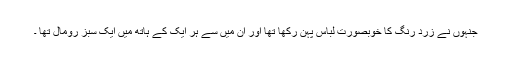
جنہوں نے زرد رنگ کا خوبصورت لباس پہن رکھا تھا اور ان میں سے ہر ایک کے ہاتھ میں ایک سبز رومال تھا ۔